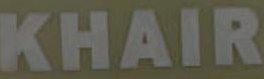
KHAIR